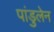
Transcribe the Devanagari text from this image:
पांडुलेन